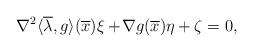
LaTeX: \begin{align*} \nabla^2\langle\overline{\lambda},g\rangle(\overline{x})\xi+\!\nabla g(\overline{x})\eta+\zeta=0, \end{align*}